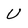
Character: U